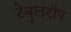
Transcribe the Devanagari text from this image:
टेबुलटॉप